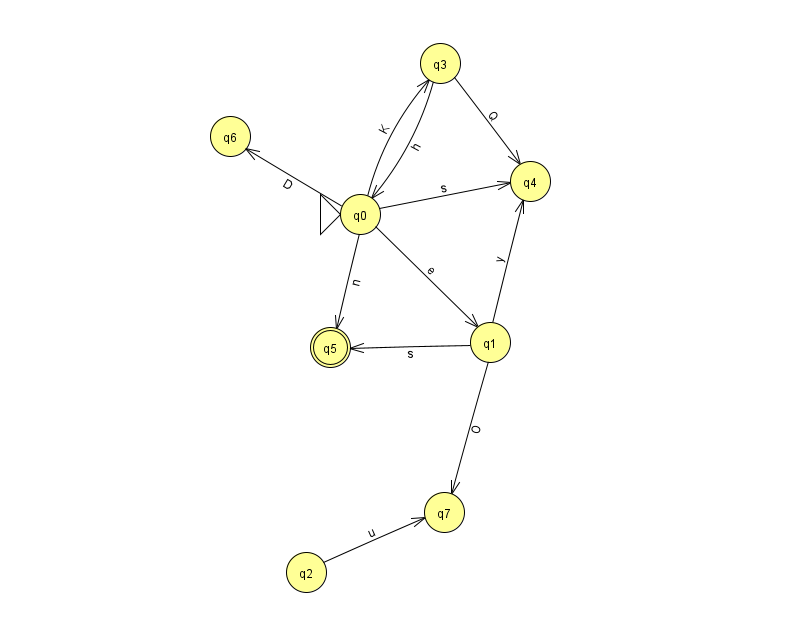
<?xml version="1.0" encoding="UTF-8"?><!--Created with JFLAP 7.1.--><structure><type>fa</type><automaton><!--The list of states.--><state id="0" name="q0"><x>360.0</x><y>201.0</y><initial/></state><state id="1" name="q1"><x>490.0</x><y>329.0</y></state><state id="2" name="q2"><x>306.0</x><y>559.0</y></state><state id="3" name="q3"><x>440.0</x><y>50.0</y></state><state id="4" name="q4"><x>530.0</x><y>168.0</y></state><state id="5" name="q5"><x>330.0</x><y>334.0</y><final/></state><state id="6" name="q6"><x>230.0</x><y>123.0</y></state><state id="7" name="q7"><x>444.0</x><y>499.0</y></state><!--The list of transitions.--><transition><from>1</from><to>4</to><read>y</read></transition><transition><from>3</from><to>4</to><read>Q</read></transition><transition><from>0</from><to>1</to><read>e</read></transition><transition><from>1</from><to>7</to><read>O</read></transition><transition><from>0</from><to>3</to><read>K</read></transition><transition><from>0</from><to>6</to><read>D</read></transition><transition><from>1</from><to>5</to><read>s</read></transition><transition><from>3</from><to>0</to><read>h</read></transition><transition><from>2</from><to>7</to><read>u</read></transition><transition><from>0</from><to>4</to><read>s</read></transition><transition><from>0</from><to>5</to><read>n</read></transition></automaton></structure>